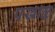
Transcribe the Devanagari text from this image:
पखाळ